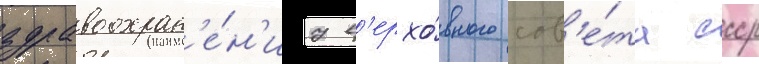
здравоохран'е́н'иу в'ерхо́вного сов'е́та ссср